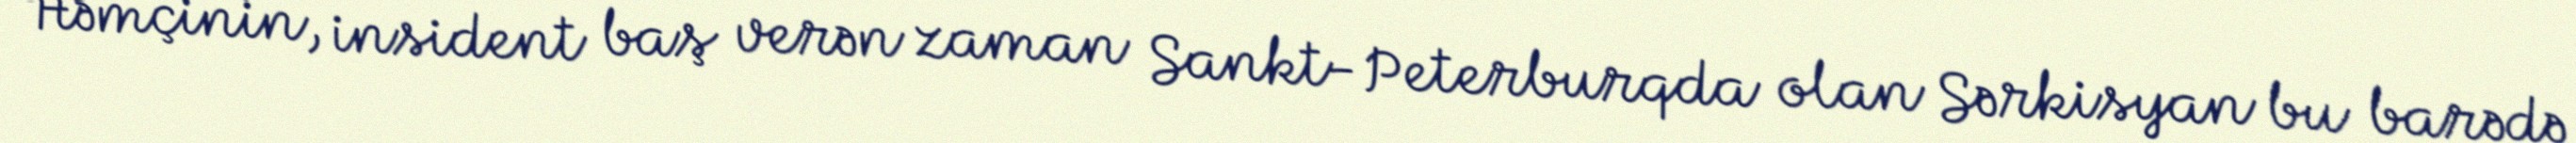
Həmçinin, insident baş verən zaman Sankt-Peterburqda olan Sərkisyan bu barədə